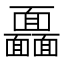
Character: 𩉖